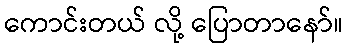
ကောင်းတယ် လို့ ပြောတာနော်။